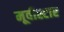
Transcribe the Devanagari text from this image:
मूवीस्टार